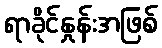
ရာခိုင်နှုန်းအဖြစ်